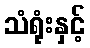
သံရုံးနှင့်